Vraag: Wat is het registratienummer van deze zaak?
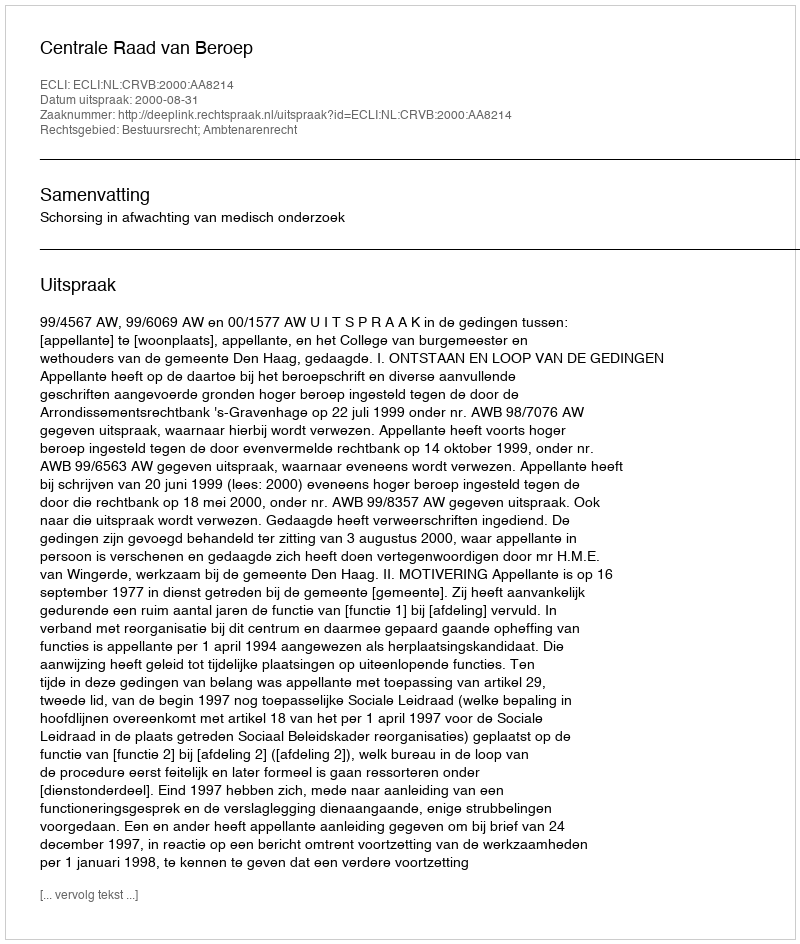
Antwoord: http://deeplink.rechtspraak.nl/uitspraak?id=ECLI:NL:CRVB:2000:AA8214